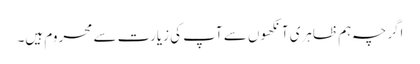
اگرچہ ہم ظاہری آنکھوں سے آپ کی زیارت سے محروم ہیں۔